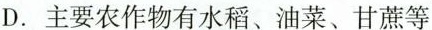
D.主要农作物有水稻、油菜、甘蔗等